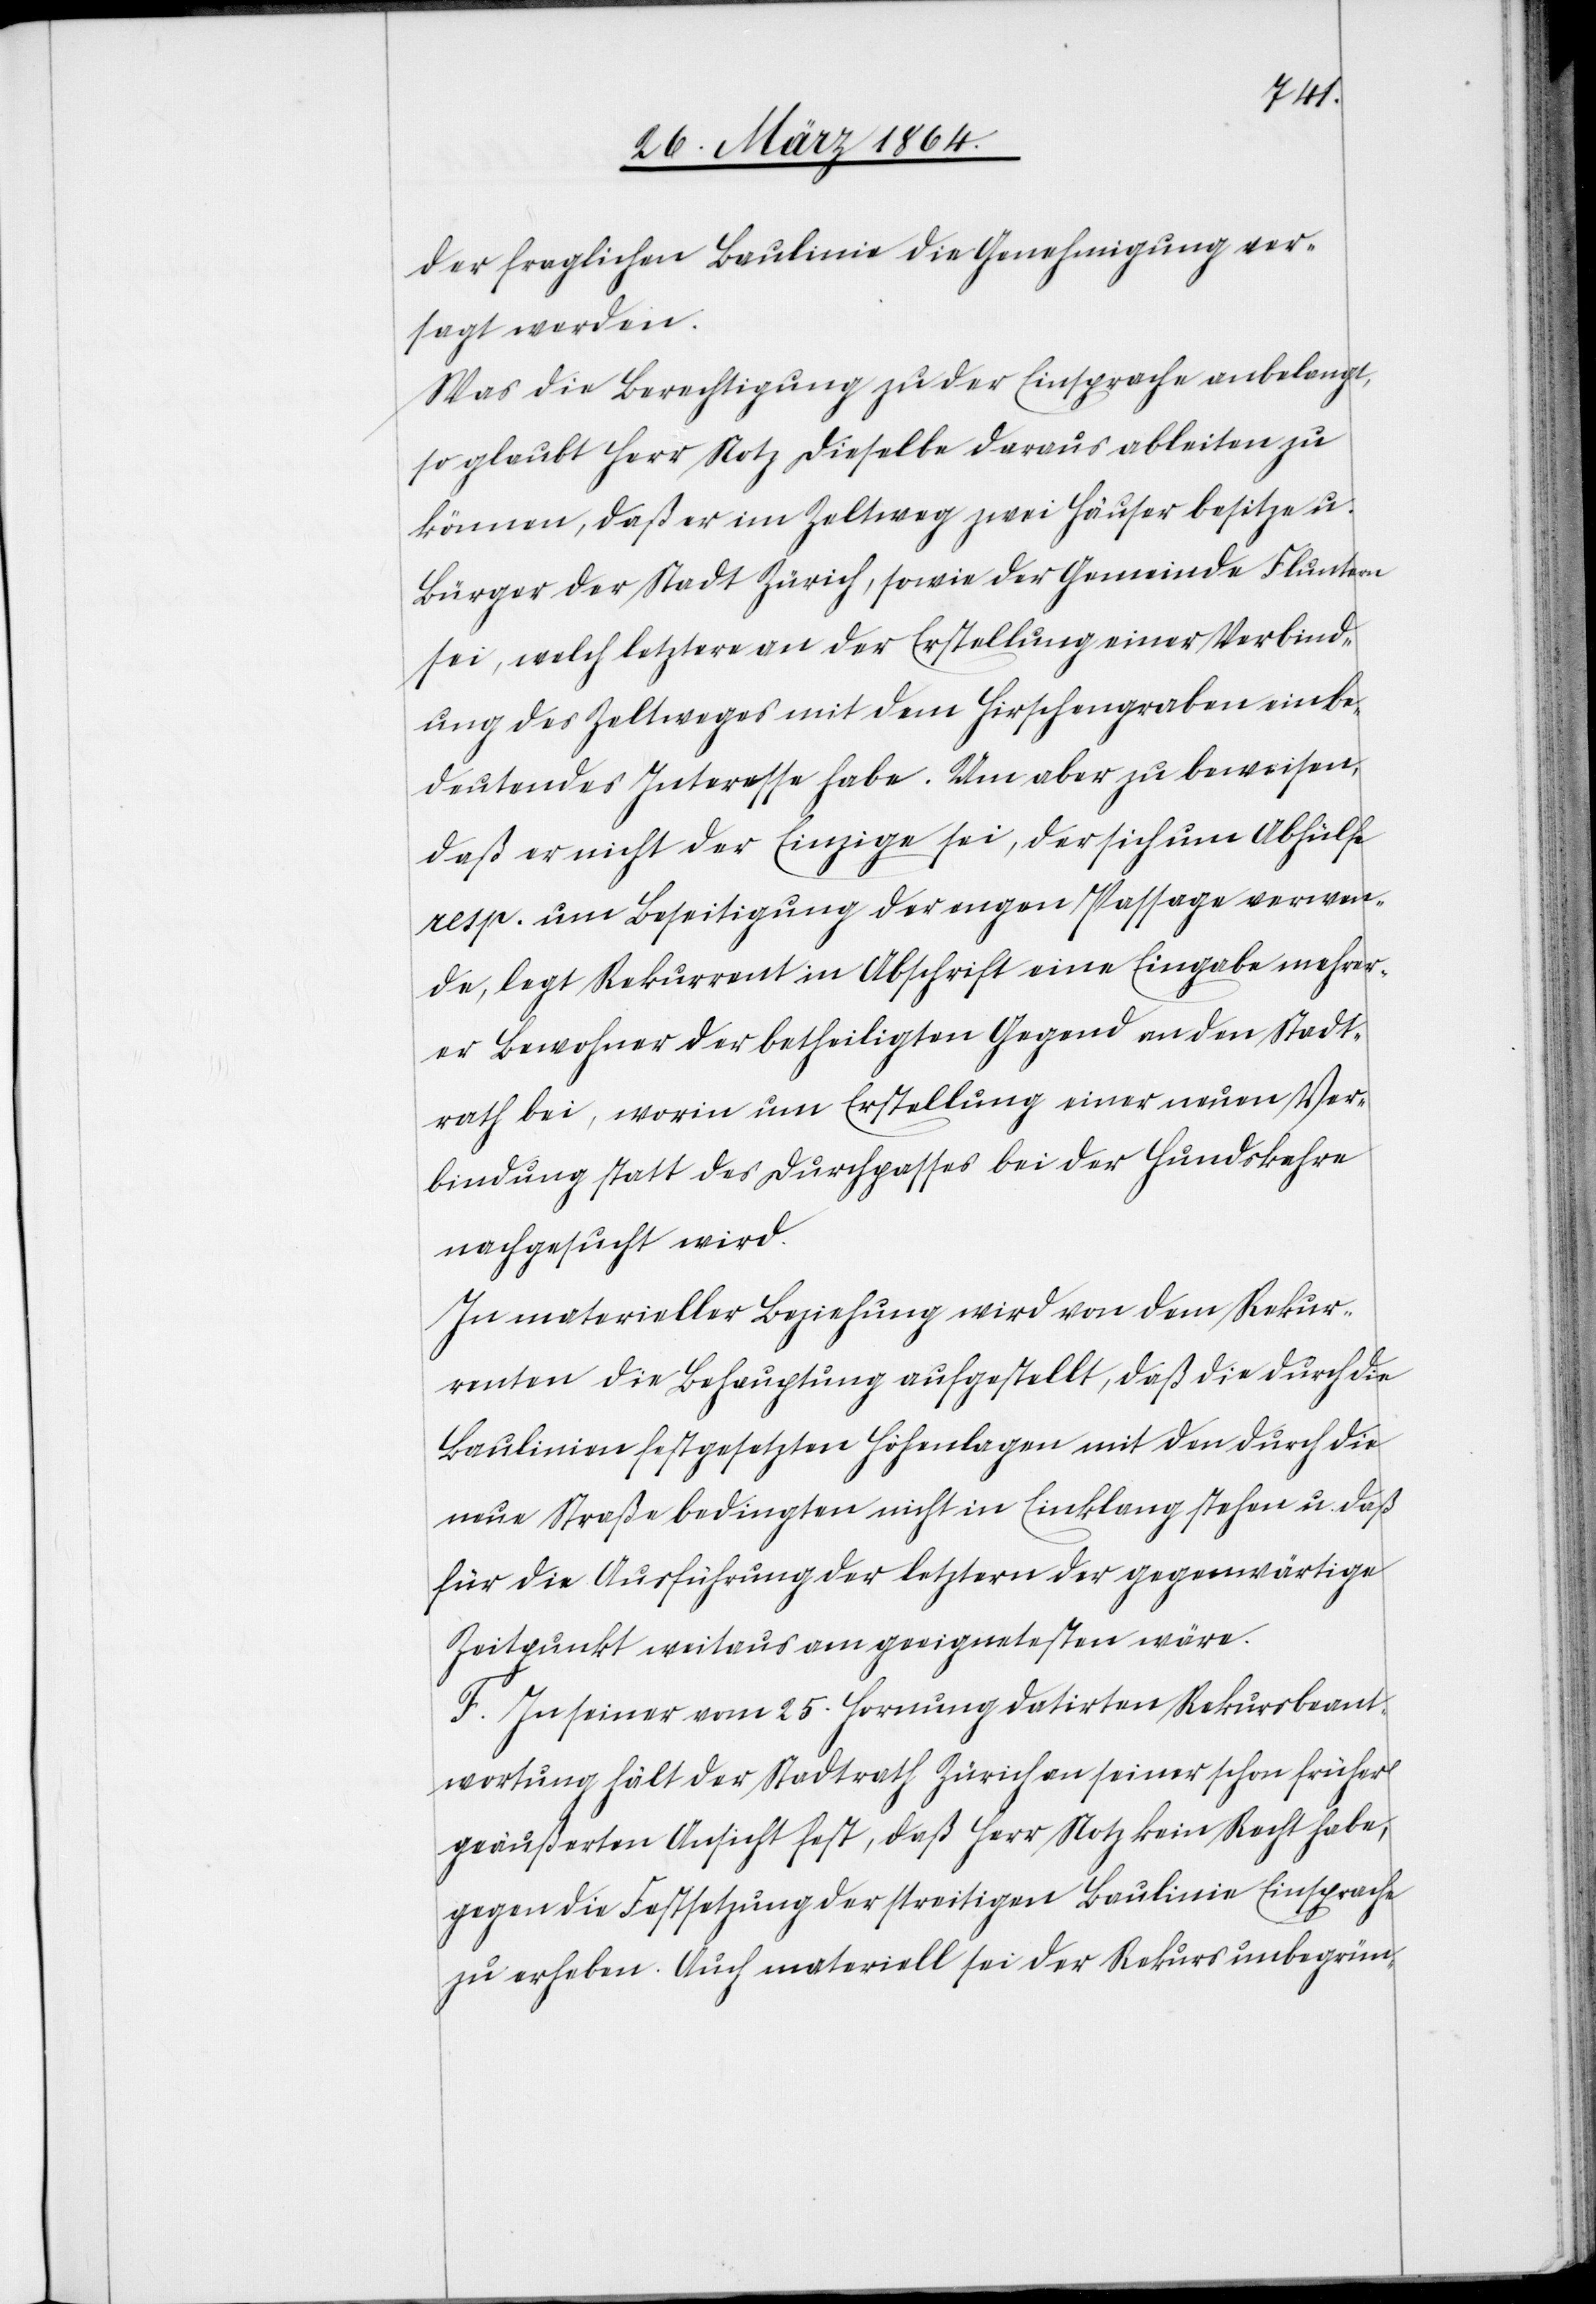
der fraglichen Baulinie die Genehmigung ver¬
sagt werden.
Was die Berechtigung zu der Einsprache anbelangt,
so glaubt Herr Notz dieselbe daraus ableiten zu
können, daß er im Zeltweg zwei Häuser besitze u.
Bürger der Stadt Zürich, sowie der Gemeinde Fluntern
sei, welch letztere an der Erstellung einer Verbind¬
ung des Zeltweges mit dem Hirschengraben ein be¬
deutendes Interesse habe. Um aber zu beweisen,
daß er nicht der Einzige sei, der sich um Abhülfe
resp. um Beseitigung der engen Passage verwen¬
de, legt Rekurrent in Abschrift eine Eingabe mehrer¬
er Bewohner der betheiligten Gegend an den Stadt¬
rath bei, worin um Erstellung einer neuen Ver¬
bindung statt des Durchpasses bei der Hundskehre
nachgesucht wird.
In materieller Beziehung wird von dem Rekur¬
renten die Behauptung aufgestellt, daß die durch die
Baulinien festgesetzten Höhenlagen mit den durch die
neue Straße bedingten nicht in Einklang stehen u. daß
für die Ausführung der letztern der gegenwärtige
Zeitpunkt weitaus am geeignetesten wäre.
F. In seiner vom 25. Hornung datirten Rekursbeant¬
wortung hält der Stadtrath Zürich an seiner schon früher
geäußerten Ansicht fest, daß Herr Notz kein Recht habe,
gegen die Festsetzung der streitigen Baulinie Einsprache
zu erheben. Auch materiell sei der Rekurs unbegrün-